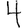
Digit: 4